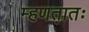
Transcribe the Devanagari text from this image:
म्हणतातः